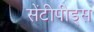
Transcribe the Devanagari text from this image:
सेंटीपीड्स